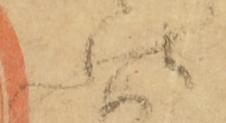
状